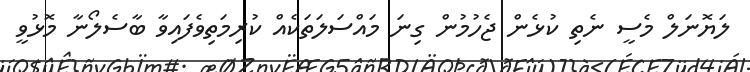
ލަޔޮނަލް މެސީ ނެތި ކުޅެން ޖެހުމުން ގިނަ މައްސަލަތަކެއް ކުރިމަތިވެފައިވާ ބާސެލޯނާ މޮޅުވީ